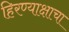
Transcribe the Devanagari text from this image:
हिरण्याक्षाचा